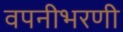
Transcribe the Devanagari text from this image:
वपनीभरणी